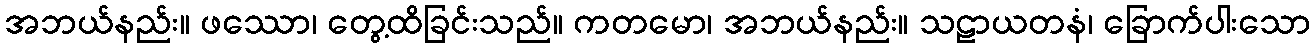
အဘယ်နည်း။ ဖဿော၊ တွေ့ထိခြင်းသည်။ ကတမော၊ အဘယ်နည်း။ သဠာယတနံ၊ ခြောက်ပါးသော